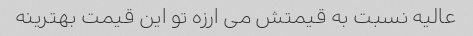
عالیه نسبت به قیمتش می ارزه تو این قیمت بهترینه